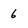
Character: 6